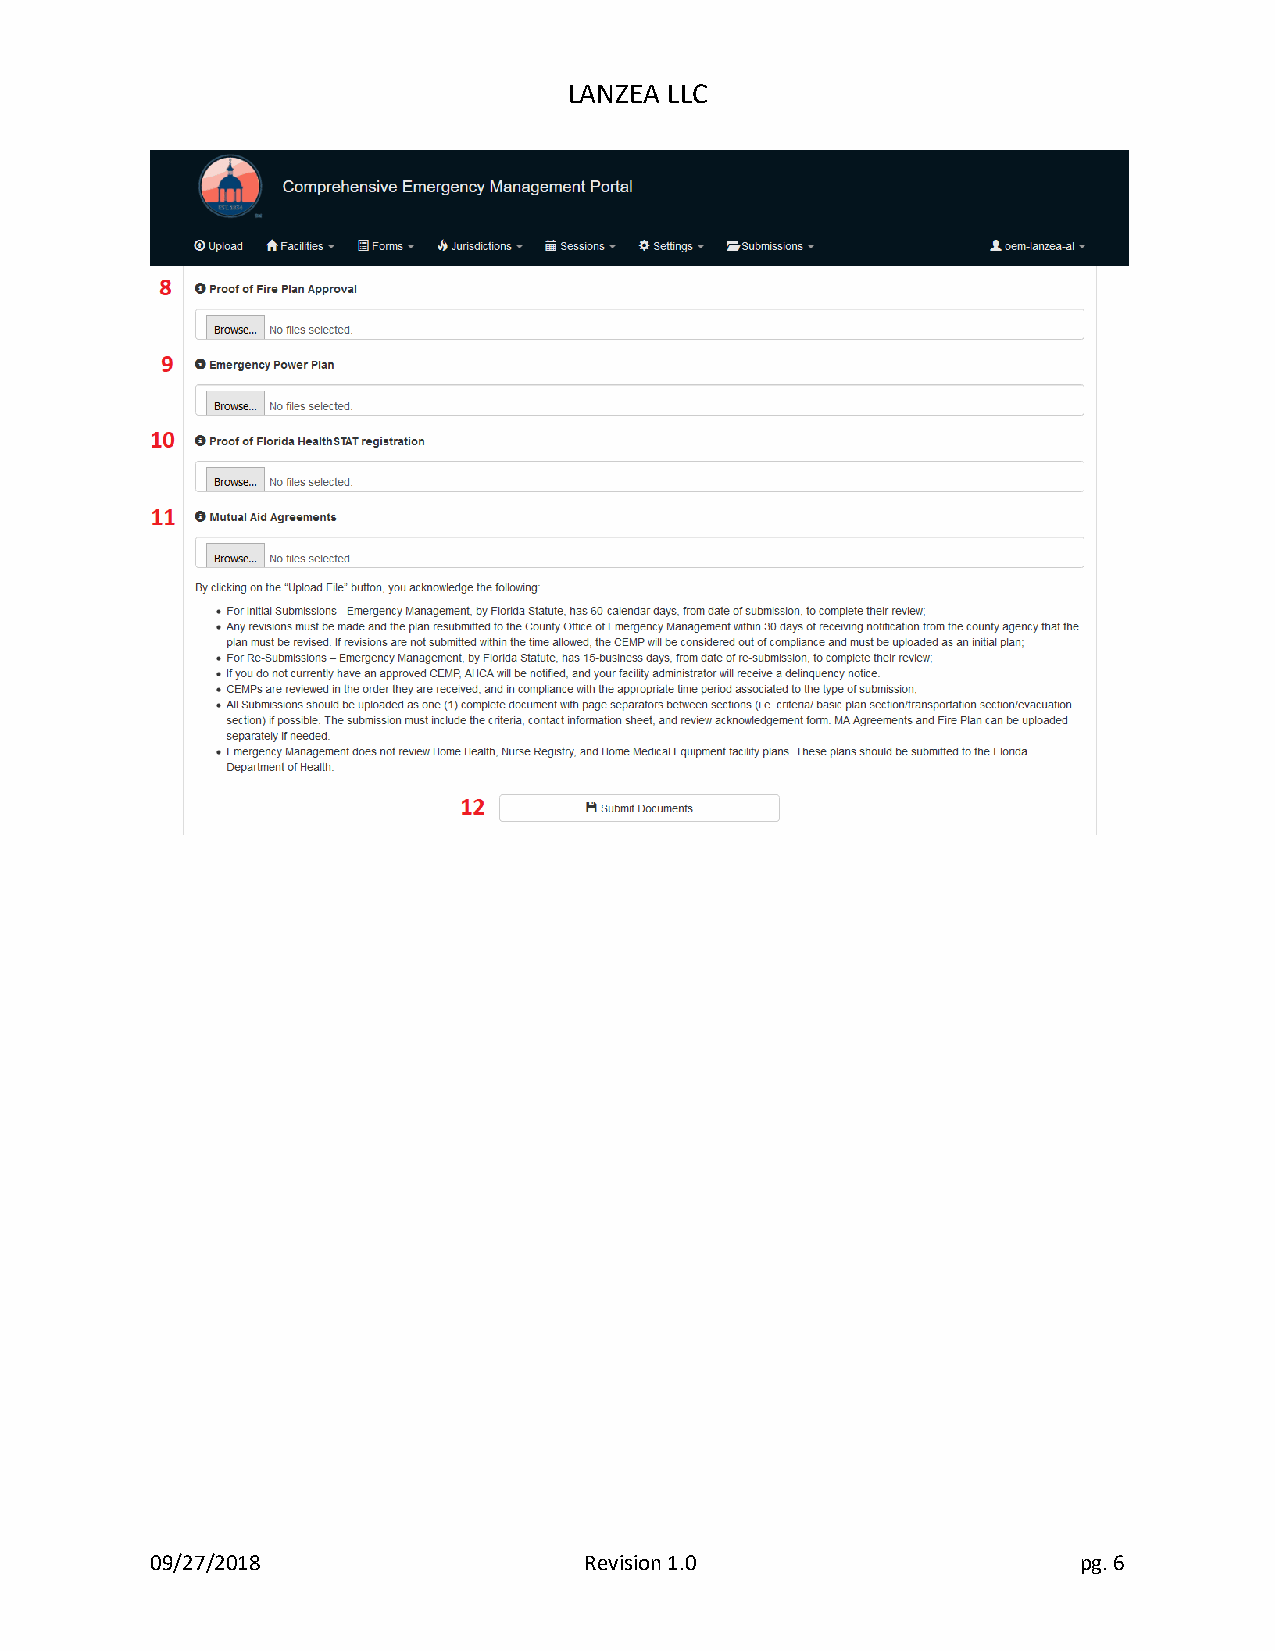
LANZEA LLC
 09/27/2018                   Revision 1.0                    pg. 6